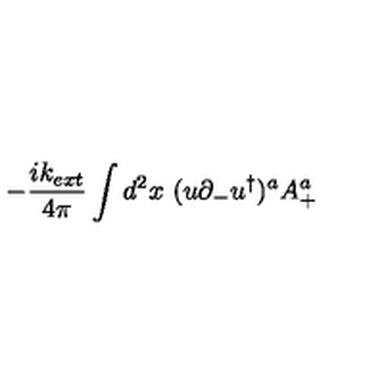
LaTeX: - { \frac { i k _ { e x t } } { 4 \pi } } \int d ^ { 2 } x \ ( u \partial _ { - } u ^ { \dagger } ) ^ { a } A _ { + } ^ { a }